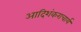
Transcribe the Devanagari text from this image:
आदिशंकराचार्य